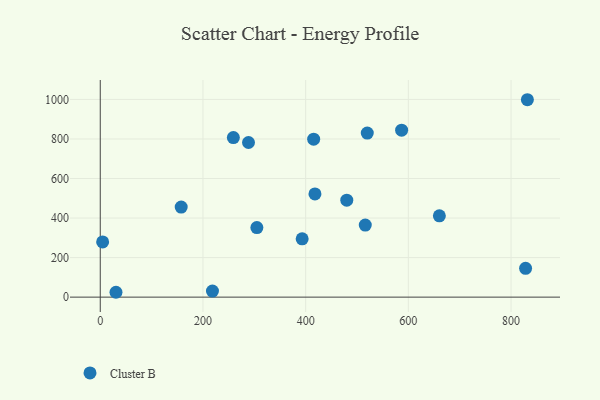
{"axis": {"x": "Study Hours", "y": "Fuel Efficiency"}, "legend": ["Cluster B"], "data": [{"x": "520.0", "y": 829.8, "type": "Cluster B"}, {"x": "218.5", "y": 30.7, "type": "Cluster B"}, {"x": "831.8", "y": 998.5, "type": "Cluster B"}, {"x": "418.1", "y": 522.0, "type": "Cluster B"}, {"x": "30.6", "y": 24.6, "type": "Cluster B"}, {"x": "828.3", "y": 145.9, "type": "Cluster B"}, {"x": "4.6", "y": 279.1, "type": "Cluster B"}, {"x": "415.6", "y": 799.1, "type": "Cluster B"}, {"x": "516.1", "y": 364.3, "type": "Cluster B"}, {"x": "157.6", "y": 455.7, "type": "Cluster B"}, {"x": "305.0", "y": 351.6, "type": "Cluster B"}, {"x": "259.2", "y": 807.0, "type": "Cluster B"}, {"x": "480.1", "y": 490.2, "type": "Cluster B"}, {"x": "393.2", "y": 294.8, "type": "Cluster B"}, {"x": "288.7", "y": 782.2, "type": "Cluster B"}, {"x": "586.9", "y": 844.3, "type": "Cluster B"}, {"x": "660.4", "y": 411.1, "type": "Cluster B"}]}